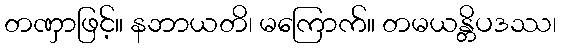
တဏှာဖြင့်။ နဘာယတိ၊ မကြောက်။ တမယန္တိပဒဿ၊